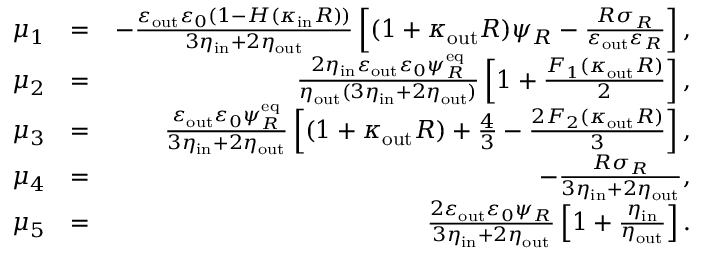
\begin{array} { r l r } { \mu _ { 1 } } & { = } & { - \frac { \varepsilon _ { \mathrm { o u t } } \varepsilon _ { 0 } ( 1 - H ( \kappa _ { \mathrm { i n } } R ) ) } { 3 \eta _ { \mathrm { i n } } + 2 \eta _ { \mathrm { o u t } } } \left[ ( 1 + \kappa _ { \mathrm { o u t } } R ) \psi _ { R } - \frac { R \sigma _ { R } } { \varepsilon _ { \mathrm { o u t } } \varepsilon _ { R } } \right] , } \\ { \mu _ { 2 } } & { = } & { \frac { 2 \eta _ { \mathrm { i n } } \varepsilon _ { \mathrm { o u t } } \varepsilon _ { 0 } \psi _ { R } ^ { \mathrm { e q } } } { \eta _ { \mathrm { o u t } } ( 3 \eta _ { \mathrm { i n } } + 2 \eta _ { \mathrm { o u t } } ) } \left[ 1 + \frac { F _ { 1 } ( \kappa _ { \mathrm { o u t } } R ) } { 2 } \right] , } \\ { \mu _ { 3 } } & { = } & { \frac { \varepsilon _ { \mathrm { o u t } } \varepsilon _ { 0 } \psi _ { R } ^ { \mathrm { e q } } } { 3 \eta _ { \mathrm { i n } } + 2 \eta _ { \mathrm { o u t } } } \left[ ( 1 + \kappa _ { \mathrm { o u t } } R ) + \frac { 4 } { 3 } - \frac { 2 F _ { 2 } ( \kappa _ { \mathrm { o u t } } R ) } { 3 } \right] , } \\ { \mu _ { 4 } } & { = } & { - \frac { R \sigma _ { R } } { 3 \eta _ { \mathrm { i n } } + 2 \eta _ { \mathrm { o u t } } } , } \\ { \mu _ { 5 } } & { = } & { \frac { 2 \varepsilon _ { \mathrm { o u t } } \varepsilon _ { 0 } \psi _ { R } } { 3 \eta _ { \mathrm { i n } } + 2 \eta _ { \mathrm { o u t } } } \left[ 1 + \frac { \eta _ { \mathrm { i n } } } { \eta _ { \mathrm { o u t } } } \right] . } \end{array}